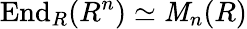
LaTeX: \operatorname{End}_{R}(R^{n})\simeq\operatorname{\mathit{M}}_{n}(R)